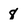
Character: 8